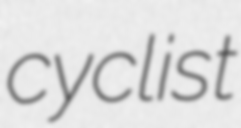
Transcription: cyclist